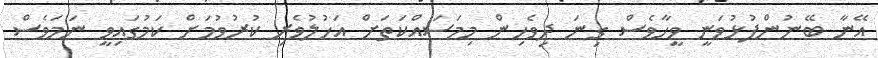
އޭނާ ބޭނުންފުޅުވަނީ ވީހާވެސް ގިނަ ދިވެހިން މިމަސައްކަތަށް އަހުލުވެރި ކުރުވުމަށް ކަމުގައިވީ ނަމަވެސް